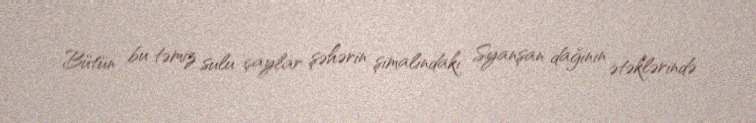
Bütün bu təmiz sulu çaylar şəhərin şimalındakı Syanşan dağının ətəklərində